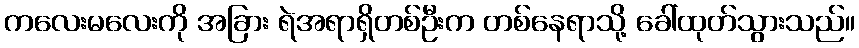
ကလေးမလေးကို အခြား ရဲအရာရှိတစ်ဦးက တစ်နေရာသို့ ခေါ်ထုတ်သွားသည်။